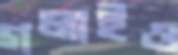
গলাইও